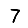
Digit: 7